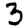
Digit: 3